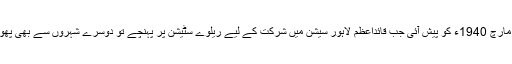
یہی صورت 21 مارچ 1940ء کو پیش آئی جب قائداعظمؒ لاہور سیشن میں شرکت کے لیے ریلوے سٹیشن پر پہنچے تو دوسرے شہروں سے بھی پھول منگوائے گئے۔